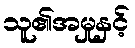
သူ၏အမှုနှင့်